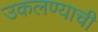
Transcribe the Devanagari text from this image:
उकलण्याची